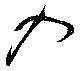
入